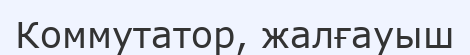
Коммутатор, жалғауыш